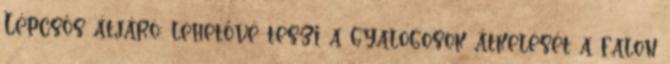
Lépcsős átjáró: lehetővé teszi a gyalogosok átkelését a falon